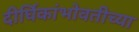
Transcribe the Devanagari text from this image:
दीर्घिकांभोवतीच्या